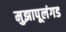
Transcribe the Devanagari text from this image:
मुझापूलंगड